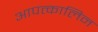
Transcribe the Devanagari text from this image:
आपत्कालिन